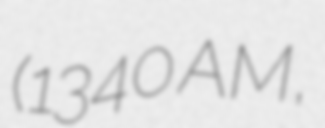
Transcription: (1340 AM,